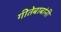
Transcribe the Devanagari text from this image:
गीतेबाबांनी